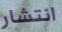
انتشار